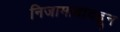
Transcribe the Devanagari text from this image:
निजामाबादहून